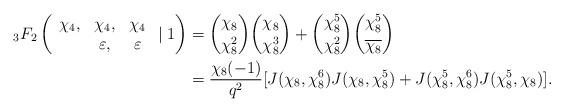
LaTeX: \begin{align*}{_{3}}F_{2}\left(\begin{array}{ccc}\chi_4, & \chi_4, & \chi_4\\ & \varepsilon, & \varepsilon\end{array}\mid 1\right)&=\binom{\chi_8}{\chi_8^2}\binom{\chi_8}{\chi_8^3}+\binom{\chi_8^5}{\chi_8^2}\binom{\chi_8^5}{\overline{\chi_8}} \\&=\frac{\chi_8(-1)}{q^2}[J(\chi_8,\chi_8^6)J(\chi_8,\chi_8^5)+J(\chi_8^5,\chi_8^6)J(\chi_8^5,\chi_8)].\end{align*}